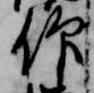
仰